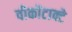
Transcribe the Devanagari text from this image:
वीकोंटाक्टे